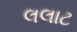
લલાટ